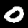
Digit: 0